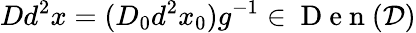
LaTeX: Dd^{2}x=(D_{0}d^{2}x_{0})g^{-1}\in\mathrm{~D~e~n~}(\mathcal{D})